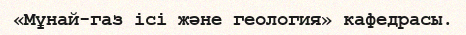
«Мұнай-газ ісі және геология» кафедрасы.